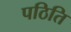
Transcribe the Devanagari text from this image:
पठिति